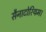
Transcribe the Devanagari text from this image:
सैनाटोरियम।